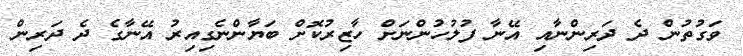
ވަގުތުން ދެ ދަރިންނާއި އޭނާ ފުލުހުންނަށް ހާޒިރުކޮށް ބަޔާންނެގިއިރު އޭނާގެ ދެ ދަރިން